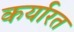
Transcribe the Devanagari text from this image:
कर्यारत